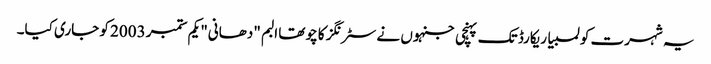
یہ شہرت کولمبیا ریکارڈ تک پہنچی جنہوں نے سٹرنگز کا چوتھا البم "دھانی" یکم ستمبر 2003 کو جاری کیا۔